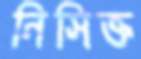
নিসিক্ত